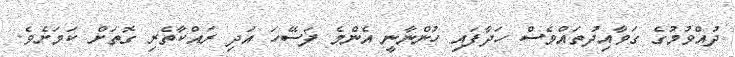
ދުއްވުމުގެ ގަވާއިދުތައްވެސް ހަދާފައި ހުންނާނީ އެންމެ ފަސޭހަ އަދި ރައްކާތެރި ގޮތަށް ކަމަށެެވެ.